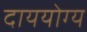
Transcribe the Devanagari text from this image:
दाययोग्य